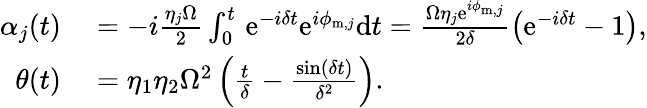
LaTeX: \begin{array}{rl}{\alpha_{j}(t)}&{{}=-i\frac{\eta_{j}\Omega}{2}\int_{0}^{t}\, \mathrm{e}^{-i\delta t}\mathrm{e}^{i\phi_{\mathrm{m},j}}\mathrm{d}t=\frac{\Omega\eta_{j}\mathrm{e}^{i\phi_{\mathrm{m},j}}}{2\delta}\left(\mathrm{e}^{-i\delta t}-1\right),}\\ {\theta(t)}&{{}=\eta_{1}\eta_{2}\Omega^{2}\left(\frac{t}{\delta}-\frac{\sin(\delta t)}{\delta^{2}}\right).}\end{array}